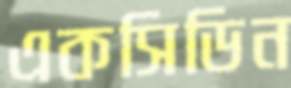
একসিডিন